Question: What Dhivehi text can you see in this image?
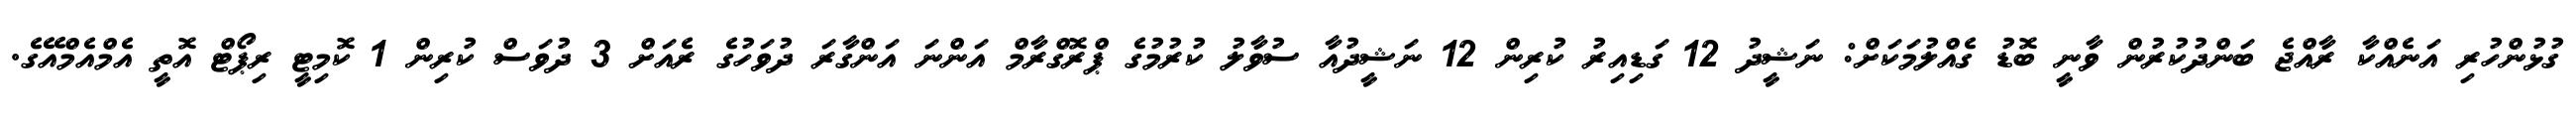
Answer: ގުޅުންހުރި އަނެއްކާ ރާއްޖެ ބަންދުކުރުން ވާނީ ބޮޑު ގެއްލުމަކަށް: ނަޝީދު 12 ގަޑިއިރު ކުރިން 12 ނަޝީދުއާ ސުވާލު ކުރުމުގެ ޕްރޮގްރާމް އަންނަ އަންގާރަ ދުވަހުގެ ރެއަށް 3 ދުވަސް ކުރިން 1 ކޮމިޓީ ރިޕޯޓް އޮތީ އެމްއެމްއޭގެ.